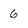
Character: 6